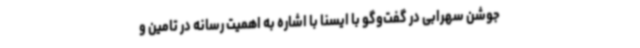
جوشن سهرابی در گفت‌وگو با ایسنا با اشاره به اهمیت رسانه در تامین و